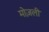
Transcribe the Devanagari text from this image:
मोज़ली